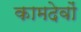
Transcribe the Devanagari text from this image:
कामदेवों